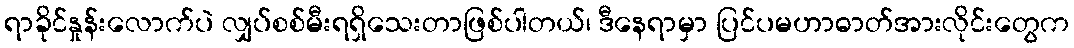
ရာခိုင်နှုန်းလောက်ပဲ လျှပ်စစ်မီးရရှိသေးတာဖြစ်ပါတယ်၊ ဒီနေရာမှာ ပြင်ပမဟာဓာတ်အားလိုင်းတွေက